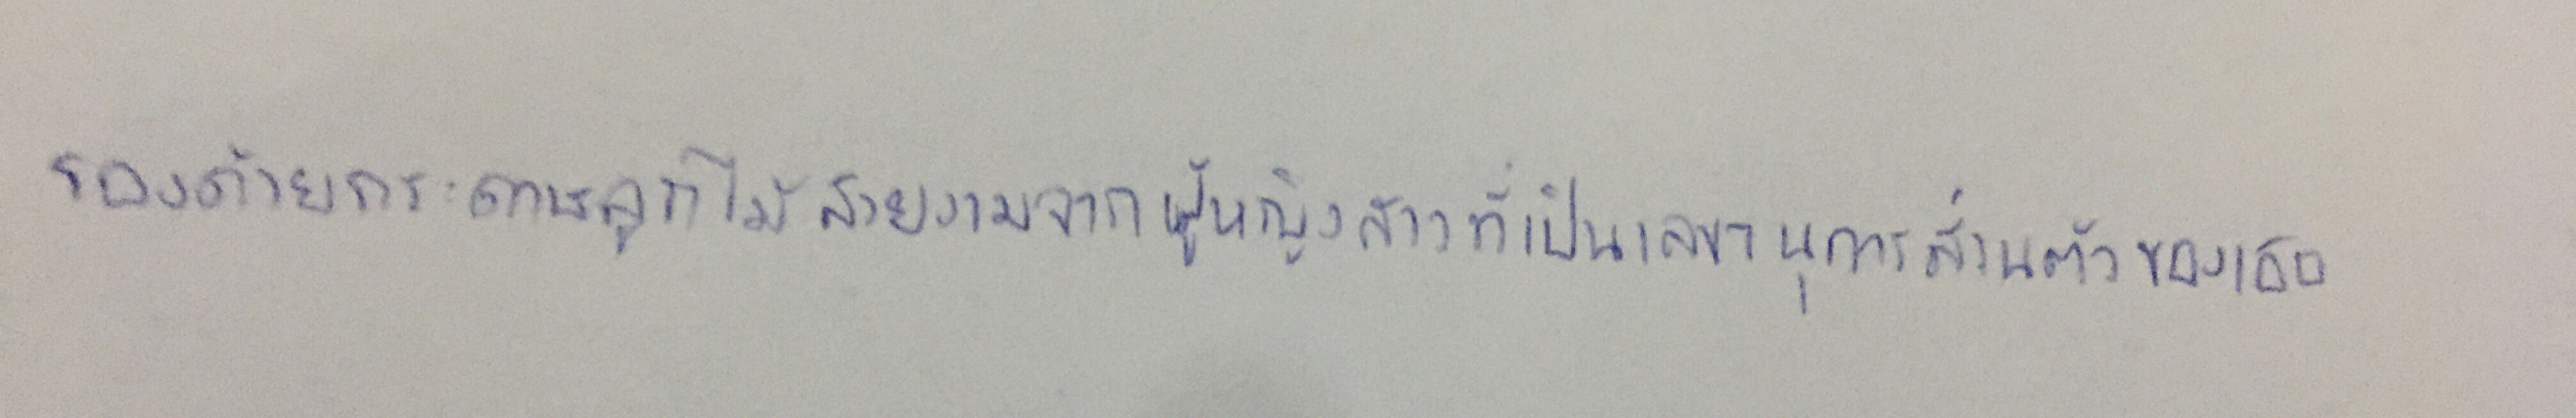
รองด้วยกระดาษลูกไม้สวยงามจากผู้หญิงสาวที่เป็นเลขานุการส่วนตัวของเธอ